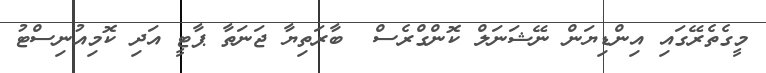
މީގެތެރޭގައި އިންޑިޔަން ނޭޝަނަލް ކޮންގްރެސް  ބާރަތިޔާ ޖަނަތާ ޕާޓީ އަދި ކޮމިއުނިސްޓު